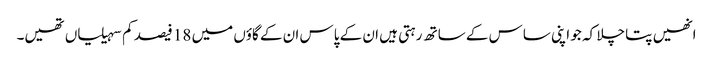
انھیں پتا چلا کہ جو اپنی ساس کے ساتھ رہتی ہیں ان کے پاس ان کے گاؤں میں 18 فیصد کم سہیلیاں تھیں۔